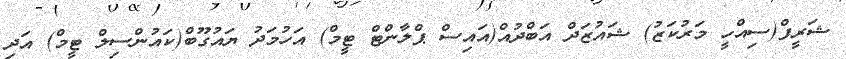
ޝަރީފް(ސިއްހީ މަރުކަޒު) ޝައުޒަދް އަބްދުއް(އައިސް ޕްލާންޓް ޓީމް) އަހުމަދު ޔައުގޫބް(ކައުންސިލް ޓީމް) އަދި